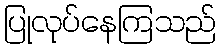
ပြုလုပ်နေကြသည်